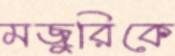
মজুরিকে